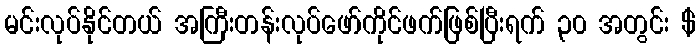
မင်းလုပ်နိုင်တယ် အကြီးတန်းလုပ်ဖော်ကိုင်ဖက်ဖြစ်ပြီးရက် ၃၀ အတွင်း $